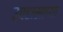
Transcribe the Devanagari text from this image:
उपहासाच्या